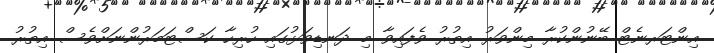
އިންޓަރނެޓް ބޭނުންކުރާ މިންވަރު އިތުރު ވެފައިވާ މި ދަނޑިވަޅުގައި ހުރިހާ ކަސްޓަމަރުންނަށްވެސް އިތުރު